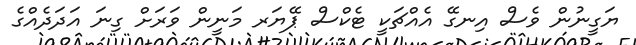
ޔަގީނުން ވެސް އިނގޭ އެއްޗަކީ ޓެކްސް ޕޭޔަރ މަނީން ވަރަށް ގިނަ އަދަދެއްގެ